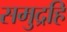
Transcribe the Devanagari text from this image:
समुद्रहि